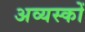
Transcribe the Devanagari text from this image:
अव्यस्कों